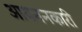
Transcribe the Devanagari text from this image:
आयननकारी